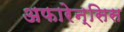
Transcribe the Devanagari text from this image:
अफारेन्सिस